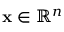
\mathbf { x } \in \mathbb { R } ^ { n }